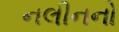
નલીનનો